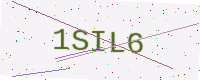
Text: 1SIL6